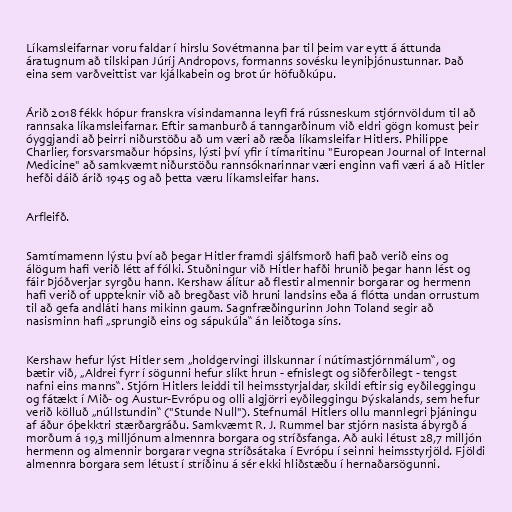
Líkamsleifarnar voru faldar í hirslu Sovétmanna þar til þeim var eytt á áttunda
áratugnum að tilskipan Júríj Andropovs, formanns sovésku leyniþjónustunnar. Það
eina sem varðveittist var kjálkabein og brot úr höfuðkúpu.

Árið 2018 fékk hópur franskra vísindamanna leyfi frá rússneskum stjórnvöldum til að
rannsaka líkamsleifarnar. Eftir samanburð á tanngarðinum við eldri gögn komust þeir
óyggjandi að þeirri niðurstöðu að um væri að ræða líkamsleifar Hitlers. Philippe
Charlier, forsvarsmaður hópsins, lýsti því yfir í tímaritinu "European Journal of Internal
Medicine" að samkvæmt niðurstöðu rannsóknarinnar væri enginn vafi væri á að Hitler
hefði dáið árið 1945 og að þetta væru líkamsleifar hans.

Arfleifð.

Samtímamenn lýstu því að þegar Hitler framdi sjálfsmorð hafi það verið eins og
álögum hafi verið létt af fólki. Stuðningur við Hitler hafði hrunið þegar hann lést og
fáir Þjóðverjar syrgðu hann. Kershaw álítur að flestir almennir borgarar og hermenn
hafi verið of uppteknir við að bregðast við hruni landsins eða á flótta undan orrustum
til að gefa andláti hans mikinn gaum. Sagnfræðingurinn John Toland segir að
nasisminn hafi „sprungið eins og sápukúla“ án leiðtoga síns.

Kershaw hefur lýst Hitler sem „holdgervingi illskunnar í nútímastjórnmálum“, og
bætir við, „Aldrei fyrr í sögunni hefur slíkt hrun - efnislegt og siðferðilegt - tengst
nafni eins manns“. Stjórn Hitlers leiddi til heimsstyrjaldar, skildi eftir sig eyðileggingu
og fátækt í Mið- og Austur-Evrópu og olli algjörri eyðileggingu Þýskalands, sem hefur
verið kölluð „núllstundin“ ("Stunde Null"). Stefnumál Hitlers ollu mannlegri þjáningu
af áður óþekktri stærðargráðu. Samkvæmt R. J. Rummel bar stjórn nasista ábyrgð á
morðum á 19,3 milljónum almennra borgara og stríðsfanga. Að auki létust 28,7 milljón
hermenn og almennir borgarar vegna stríðsátaka í Evrópu í seinni heimsstyrjöld. Fjöldi
almennra borgara sem létust í stríðinu á sér ekki hliðstæðu í hernaðarsögunni.